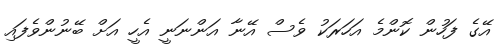
އޭގެ ފަހުން ކޮންމެ އަހަރަކު ވެސް އޭނާ އަންނަނީ އެހީ އަށް ބޭނުންވެފައި